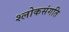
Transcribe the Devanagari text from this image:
श्लोकसंगति